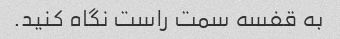
به قفسه سمت راست نگاه کنید.